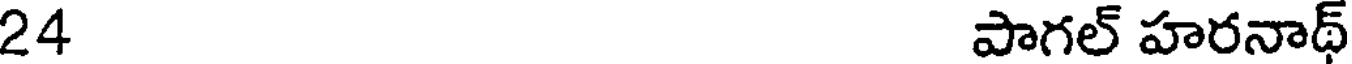
24 పాగల్ హరనాథ్